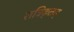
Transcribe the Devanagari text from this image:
रात्रिकृतम्‌